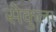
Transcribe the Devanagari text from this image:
सेकुला